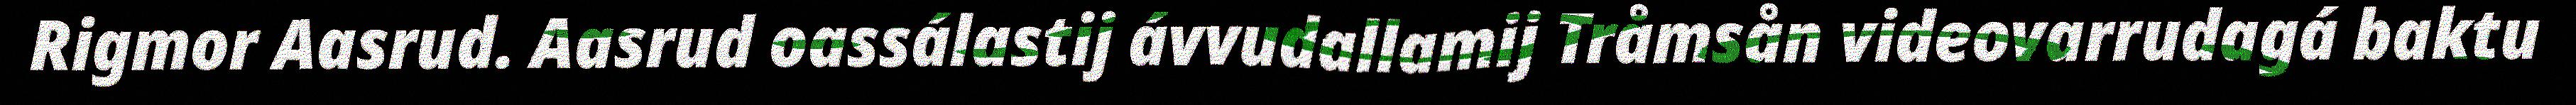
Rigmor Aasrud. Aasrud oassálastij ávvudallamij Tråmsån videovarrudagá baktu